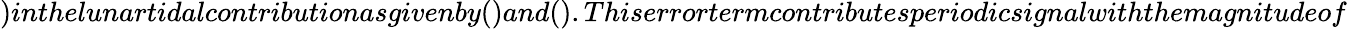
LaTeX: )inthelunartidalcontributionasgivenby()and().Thiserrortermcontributesperiodicsignalwiththemagnitudeof